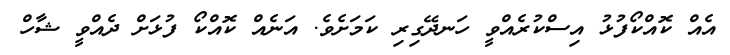
އެއް ކޮއްކޯފުޅު އިސްކުރެއްވީ ހަނދޭގިރި ކަމަށެވެ. އަނެއް ކޮއްކޯ ފުޅަށް ދެއްވީ ޝާހް